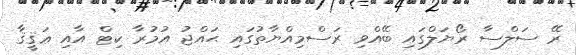
ރޭ ސަލްސާ ރޯޔަލްގައި ބޭއްވި ރަސްމިއްޔާތުގައި ޙައްޖު އުމުރާ ކިޓް އާއި ޢަޤީޤާ